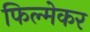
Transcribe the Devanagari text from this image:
फिल्मेकर